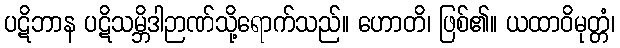
ပဋိဘာန ပဋိသမ္ဘိဒါဉာဏ်သို့ရောက်သည်။ ဟောတိ၊ ဖြစ်၏။ ယထာဝိမုတ္တံ၊